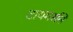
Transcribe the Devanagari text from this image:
टायगर्सने